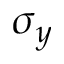
\sigma _ { y }